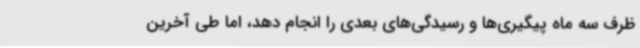
ظرف سه ماه پیگیری‌ها و رسیدگی‌های بعدی را انجام دهد، اما طی آخرین